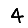
Digit: 4